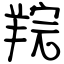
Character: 羦